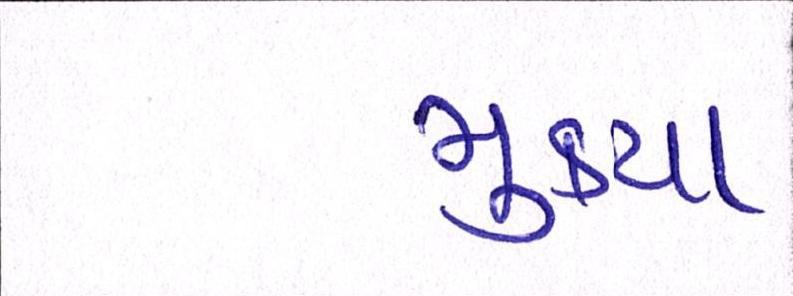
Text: મુક્યા